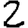
Digit: 2